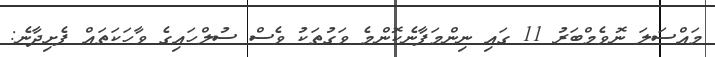
މައްސަލަ ނޮވެމްބަރު 11 ގައި ނިންމަފާނެކޮންމެ ވަގުތަކު ވެސް ސުލްހައިގެ ވާހަކަތައް ފެށިދާނެ: